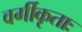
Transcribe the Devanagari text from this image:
वर्गीकृताः